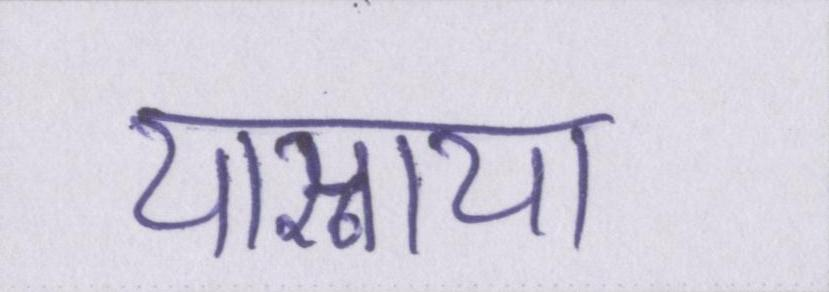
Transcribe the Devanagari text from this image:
यास्नाया